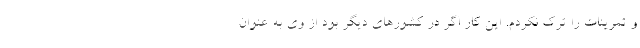
و تمرینات را ترک نکردم. این کار اگر در کشورهای دیگر بود از وی به عنوان